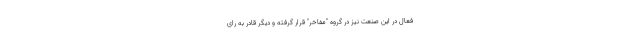
فعال در این صنعت نیز در گروه "مفاخر" قرار گرفته و دیگر قادر به رای